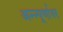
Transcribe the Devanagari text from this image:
अन्न्पूर्णावर